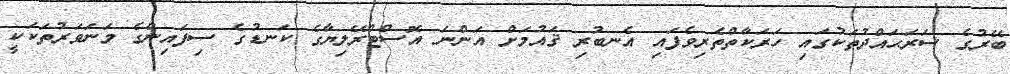
ބޭރުގެ ސަރަޙައްދުތަކުގައި ހަރަކާތްތެރިވެފައި އެނބުރި ޤައުމަށް އަންނަ އޮސްޓްރޭލިޔާގެ ކަނޑުގެ ސިފައިންގެ މަނަވަރުތަކަކީ